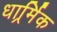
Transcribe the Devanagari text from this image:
धार्र्मिक